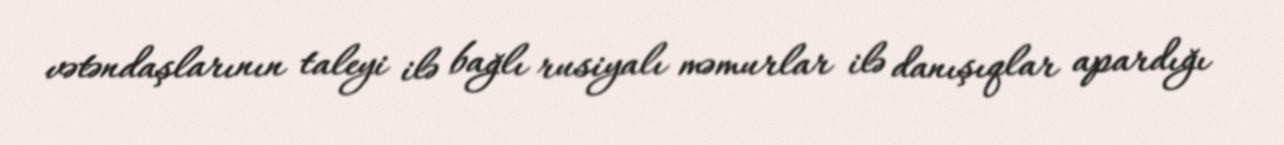
vətəndaşlarının taleyi ilə bağlı rusiyalı məmurlar ilə danışıqlar apardığı